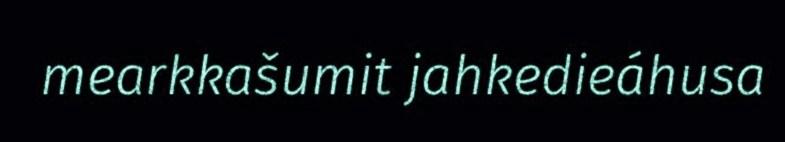
mearkkašumit jahkedieáhusa